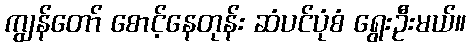
ကျွန်တော် စောင့်နေတုန်း ဆံပင်ပုံစံ ရွေးဦးမယ်။